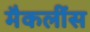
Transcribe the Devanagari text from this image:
मैकलींस